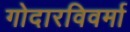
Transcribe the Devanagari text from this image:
गोदारविवर्मा